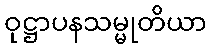
ဝုဋ္ဌာပနသမ္မုတိယာ